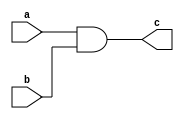
module subhradip_conversionff(c,a,b);
input a,b;
output c;
and (c,a,b);
endmodule